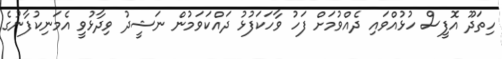
ހިތަދޫ އޮފީސް ހުޅުއްވައި ދެއްވުމަށް ފަހު ވާހަކަފުޅު ދައްކަވަމުން ނަޝީދު ވިދާޅުވީ އެމަނިކުފާނުގެ